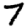
Digit: 7